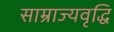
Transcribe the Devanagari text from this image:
साम्राज्यवृद्धि